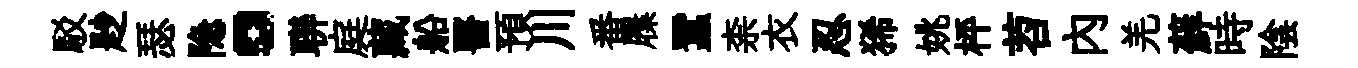
駁尟瑟隐。聨庭藏船醫預川番屧蠶柰衣忍狶姚枰苕內羌蘚時陰